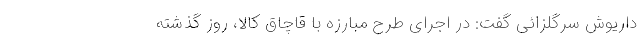
داریوش سرگلزائی گفت: در اجرای طرح مبارزه با قاچاق کالا، روز گذشته